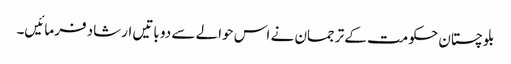
بلوچستان حکومت کے ترجمان نے اس حوالے سے دو باتیں ارشاد فرمائیں۔